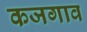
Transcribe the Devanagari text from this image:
कजगाव